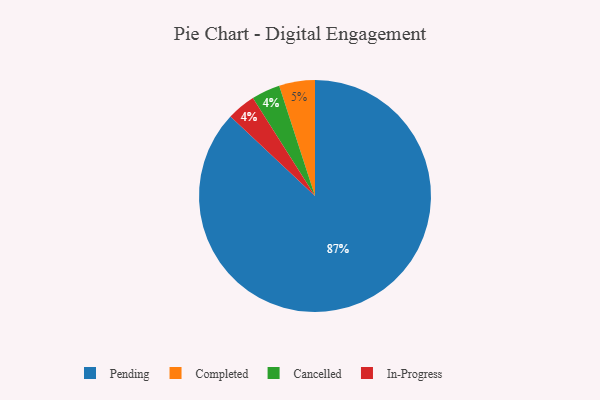
{"axis": {"x": "Category", "y": "Percentage"}, "legend": ["Cancelled", "Completed", "In-Progress", "Pending"], "data": [{"x": "Cancelled", "y": 4, "type": "Cancelled"}, {"x": "In-Progress", "y": 4, "type": "In-Progress"}, {"x": "Pending", "y": 87, "type": "Pending"}, {"x": "Completed", "y": 5, "type": "Completed"}]}